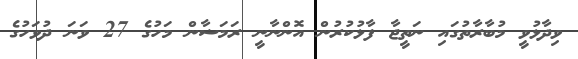
ވިދާޅުވީ މުބާރާތުގައި ނަތީޖާ ފާޅުކުރުން އޮންނާނީ ރަމަޟާން މަހުގެ 27 ވަނަ ދުވަހުގެ